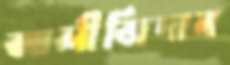
আলীজিদান